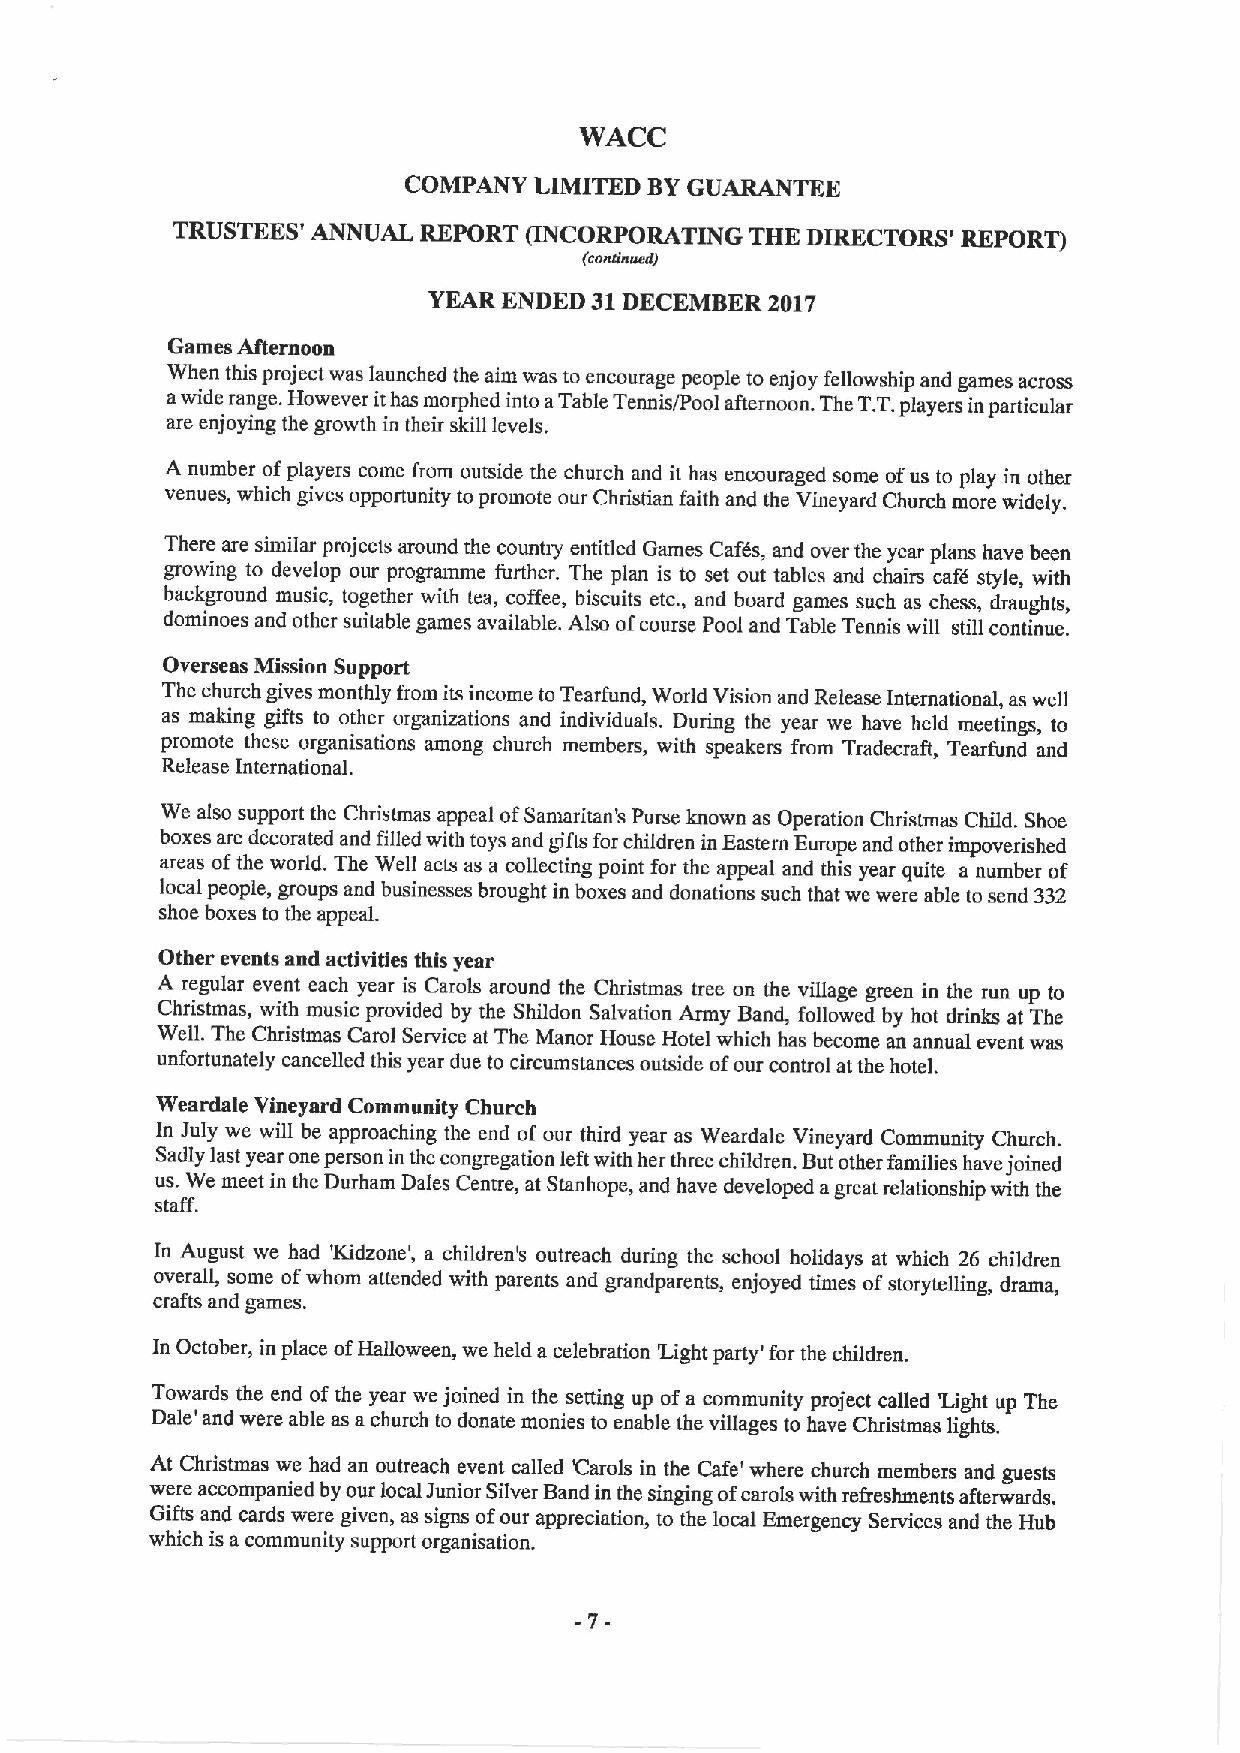
WACC
 COMPANY LIMITED BYGUARANTEE
 TRUSTEES' ANNUAL REPORT INCORPORATING  THE DIRECTORS' REPORT)
 (eoeiieeedi
 YEAR ENDED 31DECEMBER  2017
 Games Afternoon
 When this project was launched the aim was to encourage people to enjoy fellowship and games across
 awide range. However ithas morphed into aTable Tennis/Pool afternoon. The TT.players inparticular
 are enjoying the growth in their skill levels.
 A number ofplayers come from outside the church and it has encouraged some ofus to play in other
 venues, which gives opportunity topromote our Christian faith and the Vineyard Church more widely.
 There are similar projects around the country entitled Games Caf6s, and over the year plans have been
 growing to develop our programme further. The plan is to set out tables and chairs cafd style, with
 background music, together with tea, coffee, biscuits etc., and board games such as chess, draughts,
 dominoes and other suitable games available. Also ofcourse Pool and Table Tennis will still continue.
 Overseas Mission Support
 The church gives monthly from its income to Tearfund, World Vision and Release International, as well
 as making gifts to other organizations and individuals. During the year we have held meetings, to
 promote these organisations among church members, with speakers from Tradecraft, Tearfund and
 Release International.
 We also support the Christmas appeal ofSamaritan's Purse known as Operation Christmas Child. Shoe
 boxes are decorated and filled with toys and gifts for children in Eastern Europe and other impoverished
 areas ofthe world. The Well acts as a collecting point for the appeal and this year quite a number of
 local people, groups and businesses brought in boxes and donations such that we were able to send 332
 shoe boxes to the appeal.
 Other events and activities this year
 A regular event each year is Carols around the Christmas tree on the village green in the run up to
 Christmas, with music provided by the Shildon Salvation Army Band, followed by hot drinks at The
 Well. The Christmas Carol Service at The Manor House Hotel which has become an annual event was
 unfortunately cancelled this year due to circumstances outside ofour control at the hotel.
 Weardale Vineyard Community Church
 In July we will be approaching the end of our third year as Weardale Vineyard Community Church.
 Sadly last year one person in the congregation left with her three children. But other families have joined
 us. We meet in the Durham Dales Centre, at Stanhope, and have developed agreat relationship with the
 staff.
 In August we had Kidzone', a children's outreach during the school holidays at which 26 children
 overall, some ofwhom attended with parents and grandparents, enjoyed times ofstorytelling, drama,
 crafts and games.
 In October, in place ofHalloween, we held a celebration Light party' for the children.
 Towards the end ofthe year we joined in the setting up of a community project called 'Light up The
 Dale' and were able as a church to donate monies to enable the villages to have Christmas lights.
 At Christmas we had an outreach event called Carols in the Cafe' where church members and guests
 were accompanied by our local Junior Silver Band in the singing ofcarols with refreshments afterwards.
 Gifts and cards were given, as signs ofour appreciation, to the local Emergency Services and the Hub
 which is a community support organisation.